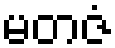
မတဇံ